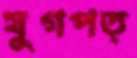
যুগপত্